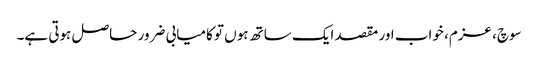
سوچ، عزم، خواب اور مقصد ایک ساتھ ہوں تو کامیابی ضرور حاصل ہوتی ہے۔